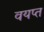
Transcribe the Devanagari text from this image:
वयप्त